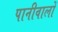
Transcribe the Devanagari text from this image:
पानीवालों